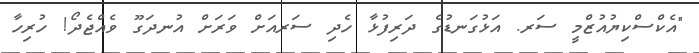
"އެކްސްކިޔުއުޒްމީ ސަރ. އަޅުގަނޑުގެ ދަރިފުޅާ ހެދި ސަރއަށް ވަރަށް އުނދަގޫ ވެއްޖެދޯ! ހުރިހާ